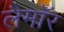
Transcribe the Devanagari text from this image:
लैमॉर